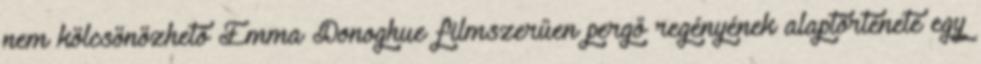
nem kölcsönözhető Emma Donoghue filmszerűen pergő regényének alaptörténete egy